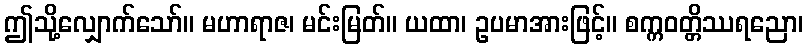
ဤသို့လျှောက်သော်။ မဟာရာဇ၊ မင်းမြတ်။ ယထာ၊ ဥပမာအားဖြင့်။ စက္ကဝတ္တိဿရညော၊